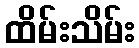
ထိမ်းသိမ်း